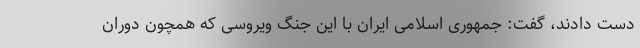
دست دادند، گفت: جمهوری اسلامی ایران با این جنگ ویروسی که همچون دوران